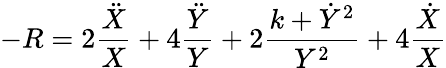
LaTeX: -R=2\frac{\ddot{X}}X+4\frac{\ddot{Y}}Y+2\frac{k+\dot{Y}^{2}}{Y^{2}}+4\frac{\dot{X}}X